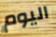
اليوم